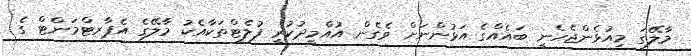
މާލޭގަ މިއުޅެންޖެހެނީ ބައެއްގެ އަޅުންނަށް ވެގެން އުއްމީދުކުރީ ފުލެޓްތަކާއެކު މާލޭގެ އެޕާރޓްމަންޓް ގެ